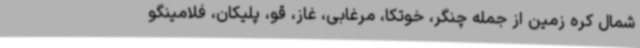
شمال کره زمین از جمله چنگر، خوتکا، مرغابی، غاز، قو، پلیکان، فلامینگو